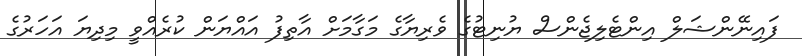
ފައިނޭންޝަލް އިންޓެލިޖެންސް ޔުނިޓުގެ ވެރިޔާގެ މަގާމަށް އާތިފު އައްޔަން ކުރެއްވީ މިދިޔަ އަހަރުގެ